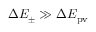
\Delta E _ { \pm } \gg \Delta E _ { \mathrm { { p v } } }